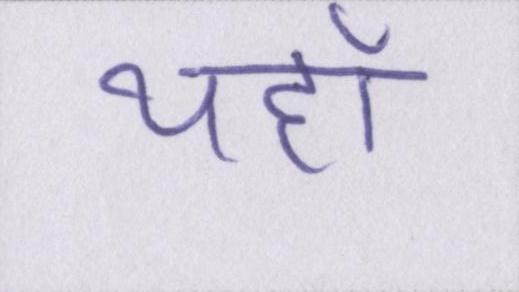
यहाँ